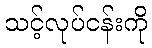
သင့်လုပ်ငန်းကို